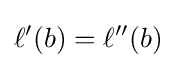
\ell '(b)=\ell ''(b)